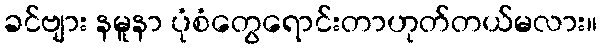
ခင်ဗျား နမူနာ ပုံစံတွေရောင်းတာဟုတ်တယ်မလား။